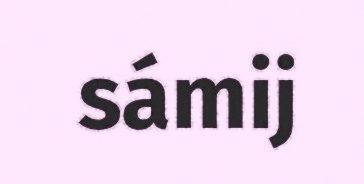
sámij